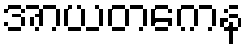
အာယတကေန